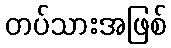
တပ်သားအဖြစ်